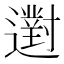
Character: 𨘗